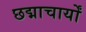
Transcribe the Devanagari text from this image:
छद्माचार्यों